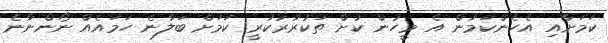
ކަމަށާއި އެހެންކަމުން އެ މީހުން ކުށް ތަކުރާރުކުރީ ކަމަށް ބަލާނެ ހަމައެއް ނޯންނާނެ